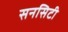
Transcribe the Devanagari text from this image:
सनसिटी